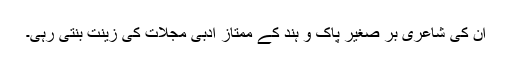
ان کی شاعری بر صغیر پاک و ہند کے ممتاز ادبی مجلات کی زینت بنتی رہی۔